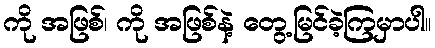
ကို အဖြစ်၊ ကို အဖြစ်နဲ့ တွေ့မြင်ခဲ့ကြမှာပါ။